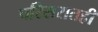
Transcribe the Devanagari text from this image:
परिसरातही